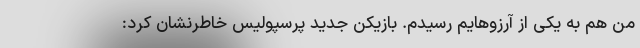
من هم به یکی از آرزوهایم رسیدم. بازیکن جدید پرسپولیس خاطرنشان کرد: